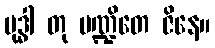
ဗုဒ္ဓါ တု ပဏ္ဍိတေ ဇိနေ။